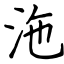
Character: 沲